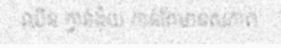
ឈិន ក្វាន់ង៉ុយ កាន់តែមានសភាព